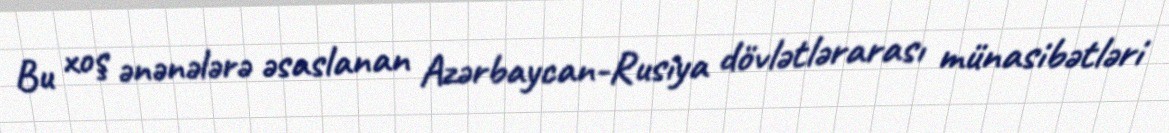
Bu xoş ənənələrə əsaslanan Azərbaycan-Rusiya dövlətlərarası münasibətləri